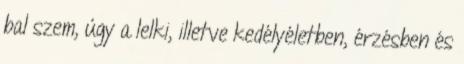
bal szem, úgy a lelki, illetve kedélyéletben, érzésben és